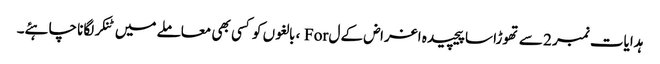
ہدایات نمبر 2 سے تھوڑا سا پیچیدہ اغراض کے ل For ، بالغوں کو کسی بھی معاملے میں ٹنکر لگانا چاہئے۔